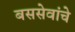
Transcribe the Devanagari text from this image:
बससेवांचे